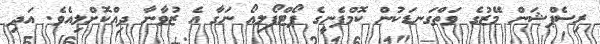
ރިސެޕްޝަން މޭޒުގެ ވަތްގަނޑަކުން ކޮމްޕެނީގެ ޕޯޓްފޯލިއޯ ނަގާ އެ ޒުވާނާ ދިއްކޮށްލިއެވެ. އަދި